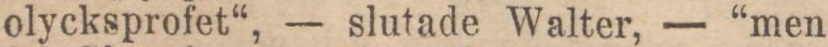
olycksprofet“, — slutade Walter, — “men